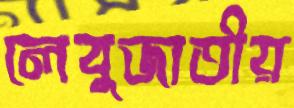
লেবুজাতীয়